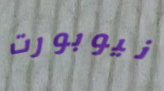
نيوبورت